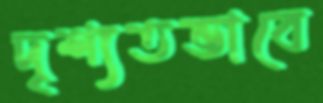
দৃশ্যতভাবে